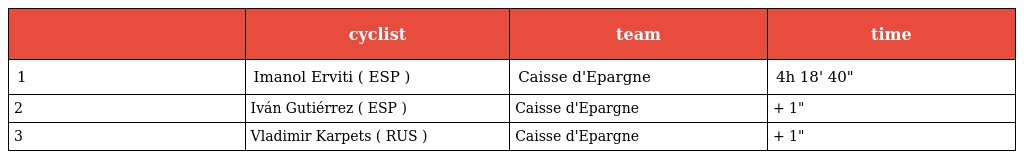
|  | cyclist | team | time |
 | --- | --- | --- | --- |
 | 1 | Imanol Erviti ( ESP ) | Caisse d'Epargne | 4h 18' 40" |
 | 2 | Iván Gutiérrez ( ESP ) | Caisse d'Epargne | + 1" |
 | 3 | Vladimir Karpets ( RUS ) | Caisse d'Epargne | + 1" |